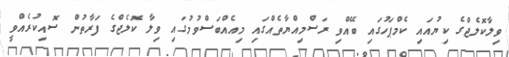
ވިލާކޮލެޖްގެ ކިޔުއައި ކެމްޕަހުގައި ބޭއްވި ރަސްމިއްޔާތެއްގައި މިއެއްބަސްވުމުގައި ވިލާ ކޮލެޖްގެ ފަރާތުން ސޮއިކުރެއްވީ